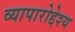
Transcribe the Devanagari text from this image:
व्यापारोद्देश्य